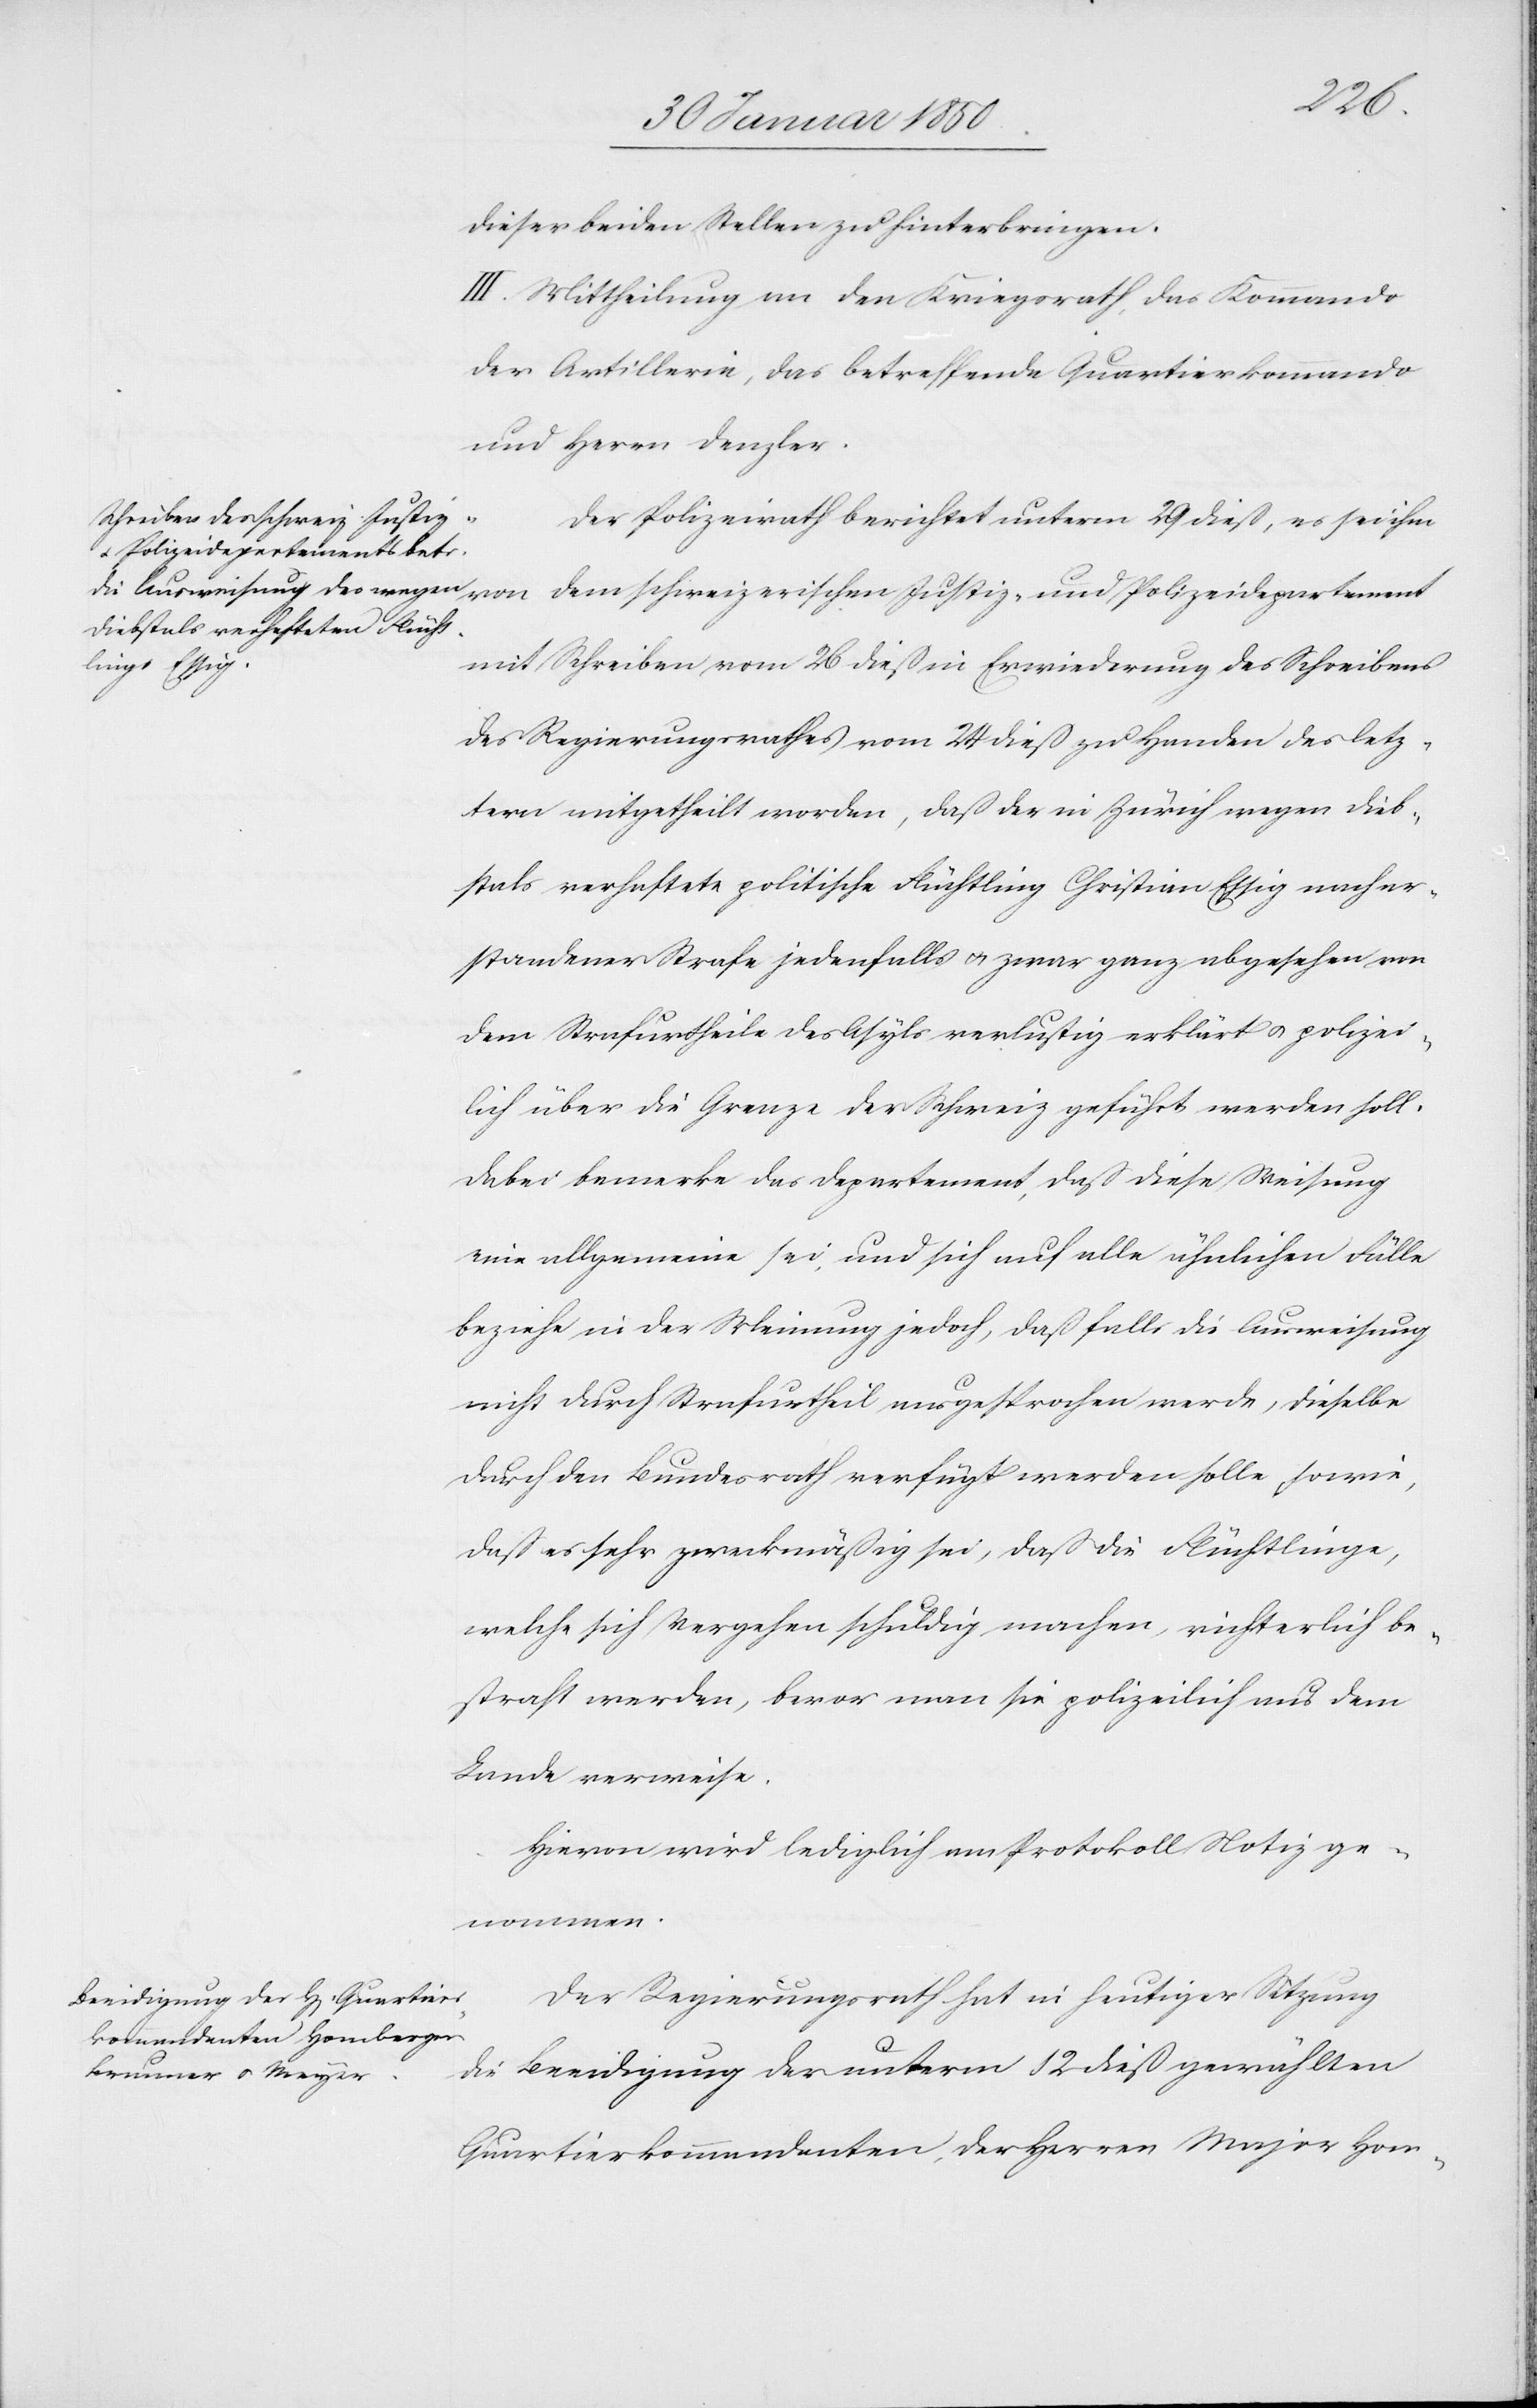
dieser beiden Stellen zu hinterbringen.
III. Mittheilung an den Kriegsrath, das Kommando
der Artillerie, das betreffende Quartierkommando
und Herrn Denzler.
Der Polizeirath berichtet unterm 29 dieß, es sei ihm
von dem schweizerischen Justiz- und Polizeidepartement
mit Schreiben vom 26 dieß in Erwiederung des Schreibens
des Regierungsrathes vom 24 dieß zu Handen der letz¬
tern mitgetheilt worden, daß der in Zürich wegen Dieb¬
stals verhaftete politische Flüchtling Christian Essig nach er¬
standener Strafe jedenfalls u. zwar ganz abgesehen von
dem Strafurtheile des Asyls verlustig erklärt u. polizei¬
lich über die Grenze der Schweiz geführt werden soll.
Dabei bemerke das Departement, daß diese Weisung
eine allgemeine sei, und sich auf alle ähnlichen Fälle
beziehe in der Meinung jedoch, daß falls die Ausweisung
nicht durch Strafurtheil ausgesprochen werde, dieselbe
durch den Bundesrath verfügt werden solle, sowie,
daß es sehr zweckmäßig sei, daß die Flüchtlinge,
welche sich Vergehen schuldig machen, richterlich be¬
straft werden, bevor man sie polizeilich aus dem
Lande verweise.
Hievon wird lediglich am Protokoll Notiz ge¬
nommen.
Der Regierungsrath hat in heutiger Sitzung
die Beeidigung der unterm 12 dieß gewählten
Quartierkommandanten, der Herren Major Hom-